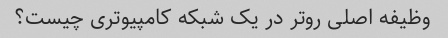
وظیفه اصلی روتر در یک شبکه کامپیوتری چیست؟